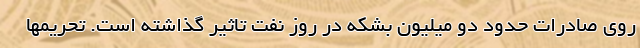
روی صادرات حدود دو میلیون بشکه در روز نفت تاثیر گذاشته است. تحریمها